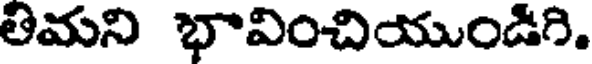
తిమని భావించియుండిగి.